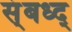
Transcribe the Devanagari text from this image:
स्ंबध्द्